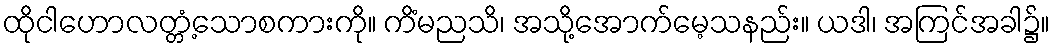
ထိုငါဟောလတ္တံ့သောစကားကို။ ကိံမညသိ၊ အသို့အောက်မေ့သနည်း။ ယဒါ၊ အကြင်အခါ၌။